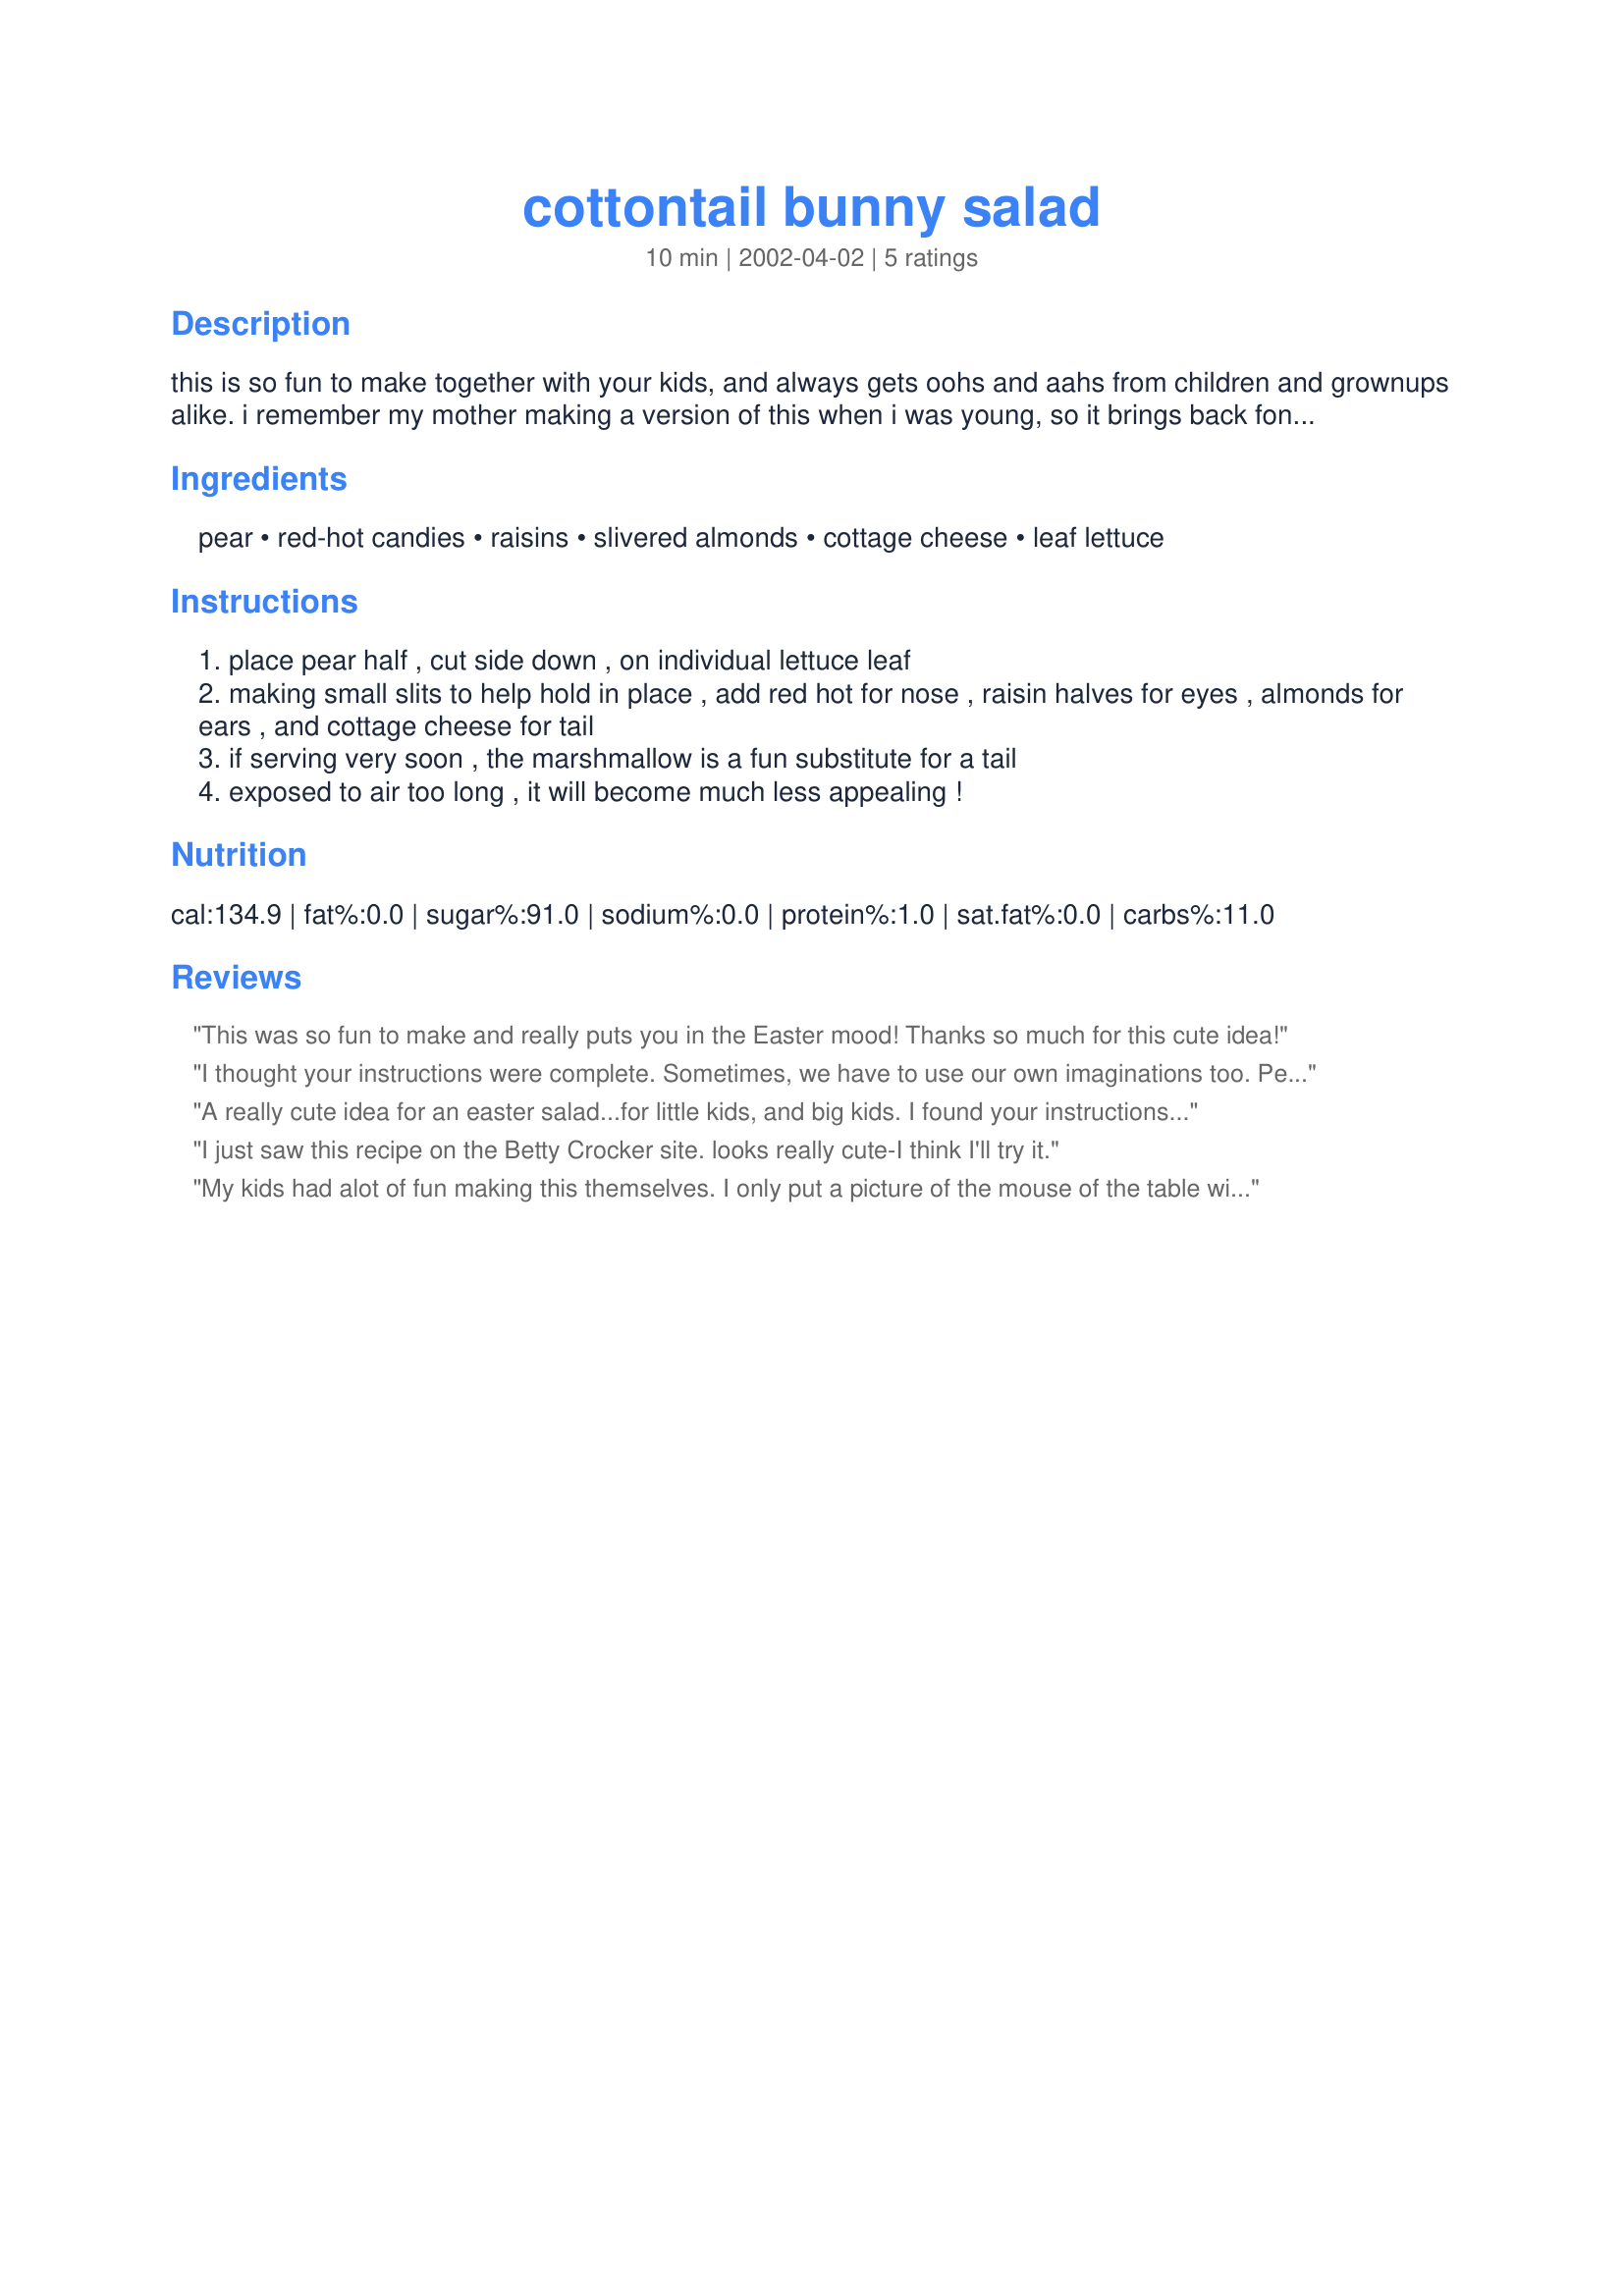
cottontail bunny salad
Preparation time: 10 minutes

this is so fun to make together with your kids, and always gets oohs and aahs from children and grownups alike. i remember my mother making a version of this when i was young, so it brings back fond memories to serve it now. for an easter potluck, i used these as an adjunct to tom lambie's cherry fluff salad, recipezaar #10088, by placing the bunnies on lettuce leaves around the edge of a large tray, with a large bowl of the fluff in the center. quite a nice response from the group as a result.

Ingredients:
pear, red-hot candies, raisins, slivered almonds, cottage cheese, leaf lettuce

Steps:
place pear half , cut side down , on individual lettuce leaf
making small slits to help hold in place , add red hot for nose , raisin halves for eyes , almonds for ears , and cottage cheese for tail
if serving very soon , the marshmallow is a fun substitute for a tail
exposed to air too long , it will become much less appealing !

Reviews:
This was so fun to make and really puts you in the Easter mood!
Thanks so much for this cute idea!
I thought your instructions were complete. Sometimes, we have to use our own imaginations too. Perfect for Easter Dinner. Thank you.
A really cute idea for an easter salad...for little kids, and big kids. I found your instructions a little vague and made the bunnies wrong at first. They looked like gophers or something, not bunnies. Anyways, I saw VeggieHippie's post and went to the Betty Crocker website and saw how they should be arranged and they wree truly more bunny-like. I posted a photo to help future chefs. Thanks for the fun! Pam
I just saw this recipe on the Betty Crocker site. looks really cute-I think I'll try it.
My kids had alot of fun making this themselves. I only put a picture of the mouse of the table with all the ingedents in bowls and they had a blast.
